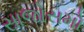
સાજોસમો